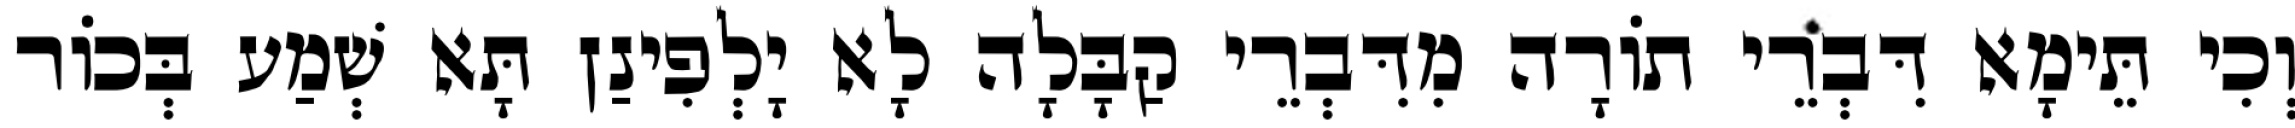
וְכִי תֵּימָא דִּבְרֵי תוֹרָה מִדִּבְרֵי קַבָּלָה לָא יָלְפִינַן תָּא שְׁמַע בְּכוֹר